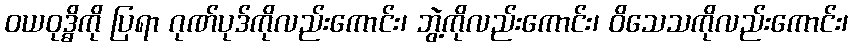
ဝယဝုဒ္ဓိကို ပြရာ ဂုဏ်ပုဒ်ကိုလည်းကောင်း၊ ဘွဲ့ကိုလည်းကောင်း၊ ဝိသေသကိုလည်းကောင်း၊